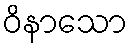
ဝိနာသော